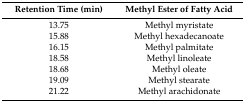
| Retention Time (min) | Methyl Ester of Fatty Acid |
 | --- | --- |
 | 13.75 | Methyl myristate |
 | 15.88 | Methyl hexadecanoate |
 | 16.15 | Methyl palmitate |
 | 18.58 | Methyl linoleate |
 | 18.68 | Methyl oleate |
 | 19.09 | Methyl stearate |
 | 21.22 | Methyl arachidonate |